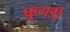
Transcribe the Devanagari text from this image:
फूगडी